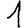
Digit: 1